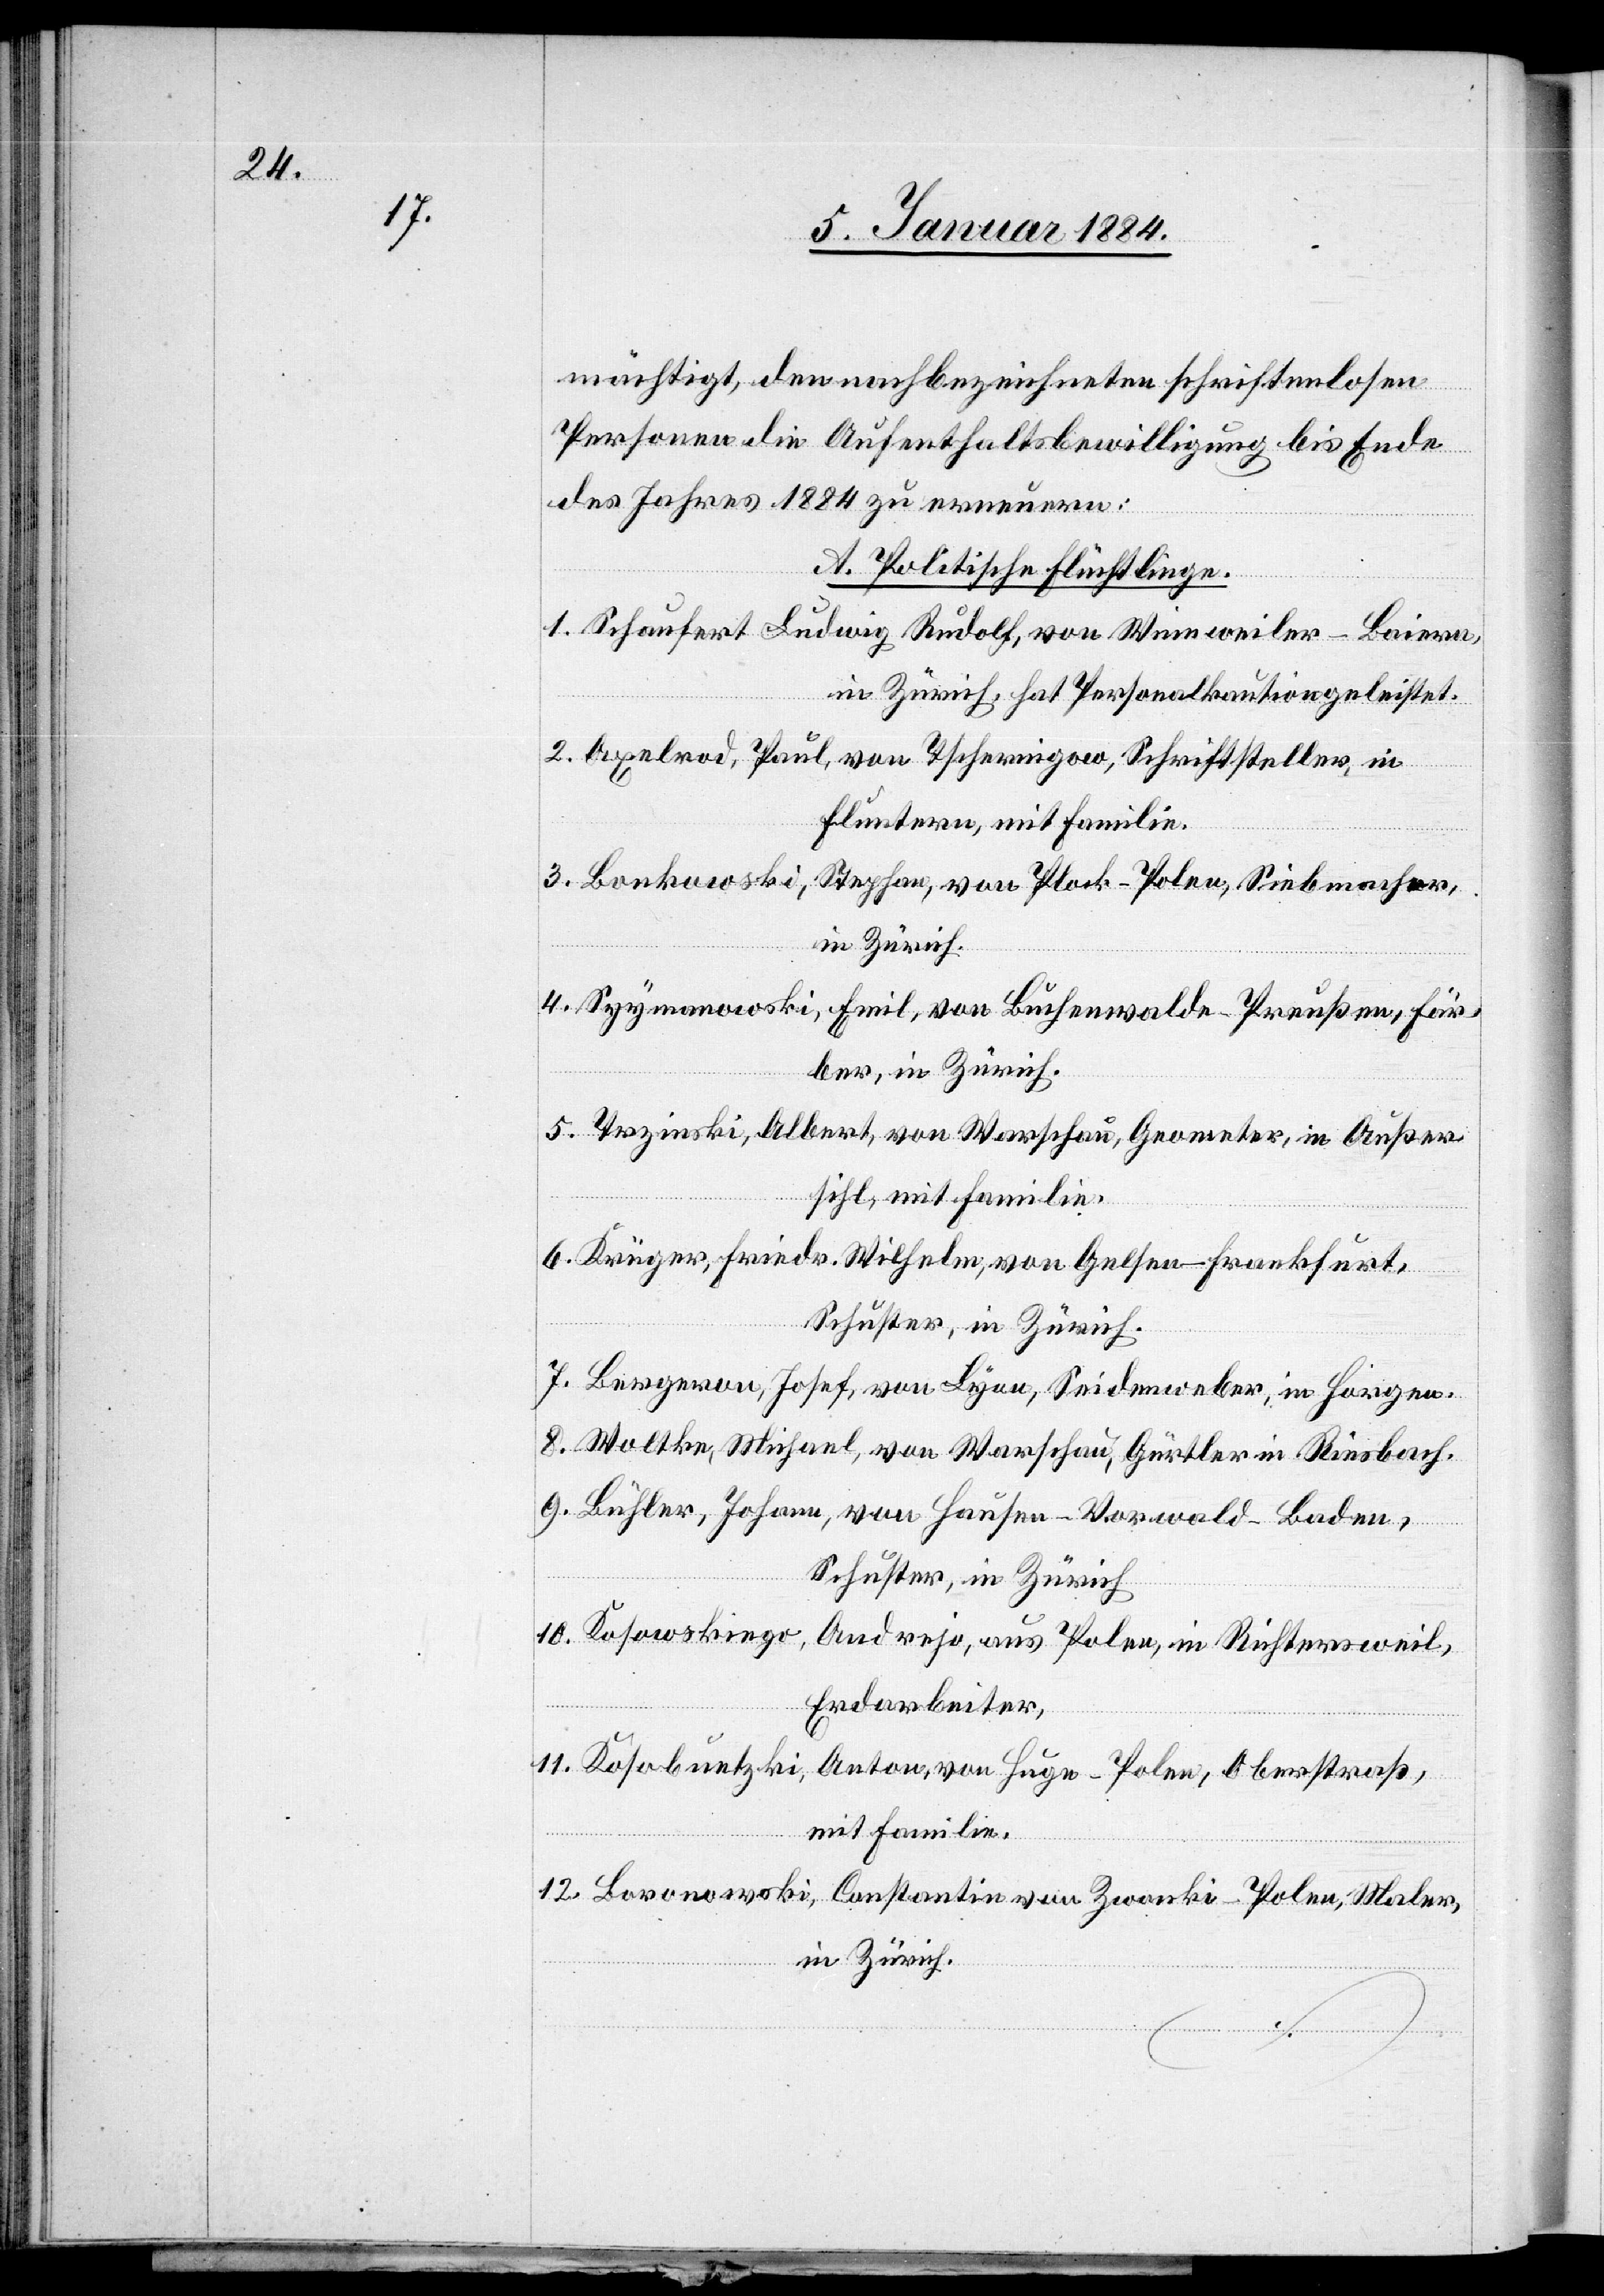
mächtigt, den nachbezeichneten schriftenlosen
Personen die Aufenthaltsbewilligung bis Ende
des Jahres 1884 zu erneuern:
A. Politische Flüchtlinge.
1. Schaufert, Ludwig Rudolf, von Winnweiler - Baiern,
in Zürich, hat Personalkaution geleistet.
2. Axelrod, Paul, von Tschernigow, Schriftsteller, in
Fluntern, mit Familie.
3. Bonkowski, Stephan, von Plork - Polen, Siebmacher,
in Zürich.
4. Spymanowski, Emil, von Buchenwalde - Preußen, Fär¬
ber, in Zürich.
5. Trzinski, Albert, von Warschau, Geometer, in Außer¬
sihl, mit Familie.
6. Krüger, Friedr. Wilhelm, von Gelsen - Frankfurt,
Schuster, in Zürich.
7. Bergeron, Josef, von Lyon, Seidenweber, in Horgen.
8. Woltke, Michael, von Warschau, Gürtler in Riesbach.
9. Bühler, Johann, von Hausen-Vorwald - Baden,
Schuster, in Zürich.
10. Kosowskingr, Andrejo, aus Polen, in Richtersweil,
Erdarbeiter.
11. Kosobuntzki, Anton, von Huge - Polen, Oberstraß,
mit Familie.
12. Loronowski, Constantin von Zwanki - Polen, Maler,
in Zürich.